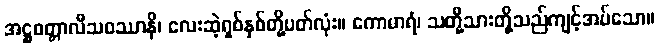
အဋ္ဌစတ္တာလီသဝဿာနိ၊ လေးဆဲ့ရှစ်နှစ်တို့ပတ်လုံး။ ကောမာရံ၊ သတို့သားတို့သည်ကျင့်အပ်သော။